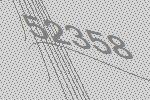
52358